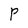
Character: P